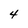
Character: 4